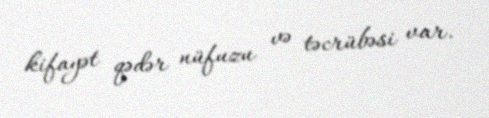
kifayət qədər nüfuzu və təcrübəsi var.